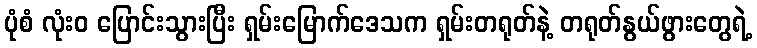
ပုံစံ လုံးဝ ပြောင်းသွားပြီး ရှမ်းမြောက်ဒေသက ရှမ်းတရုတ်နဲ့ တရုတ်နွယ်ဖွားတွေရဲ့